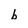
Character: b